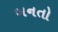
બનતો